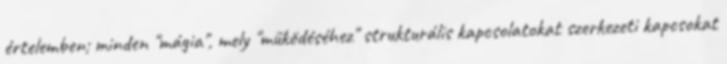
értelemben; minden "mágia", mely "működéséhez" strukturális kapcsolatokat szerkezeti kapcsokat